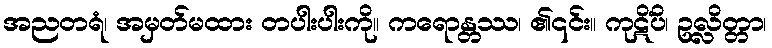
အညတရံ၊ အမှတ်မထား တပါးပါးကို။ ကရောန္တဿ၊ ၏၎င်း။ ကုဋိံပိ၊ ဥလ္လိတ္တာ၊